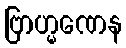
ဗြာဟ္မဏေန